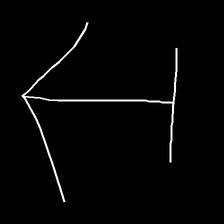
Glyph: levitation